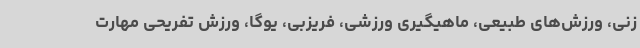
زنی، ورزش‌های طبیعی، ماهیگیری ورزشی، فریزبی، یوگا، ورزش تفریحی مهارت